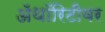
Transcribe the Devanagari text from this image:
ॲथॉरिटीवर